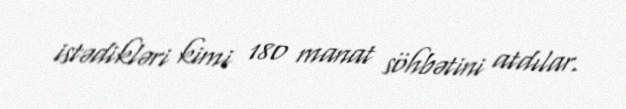
istədikləri kimi 180 manat söhbətini atdılar.